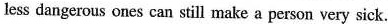
less dangerous ones can still make a person very sick.